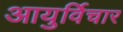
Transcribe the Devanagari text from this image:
आयुर्विचार